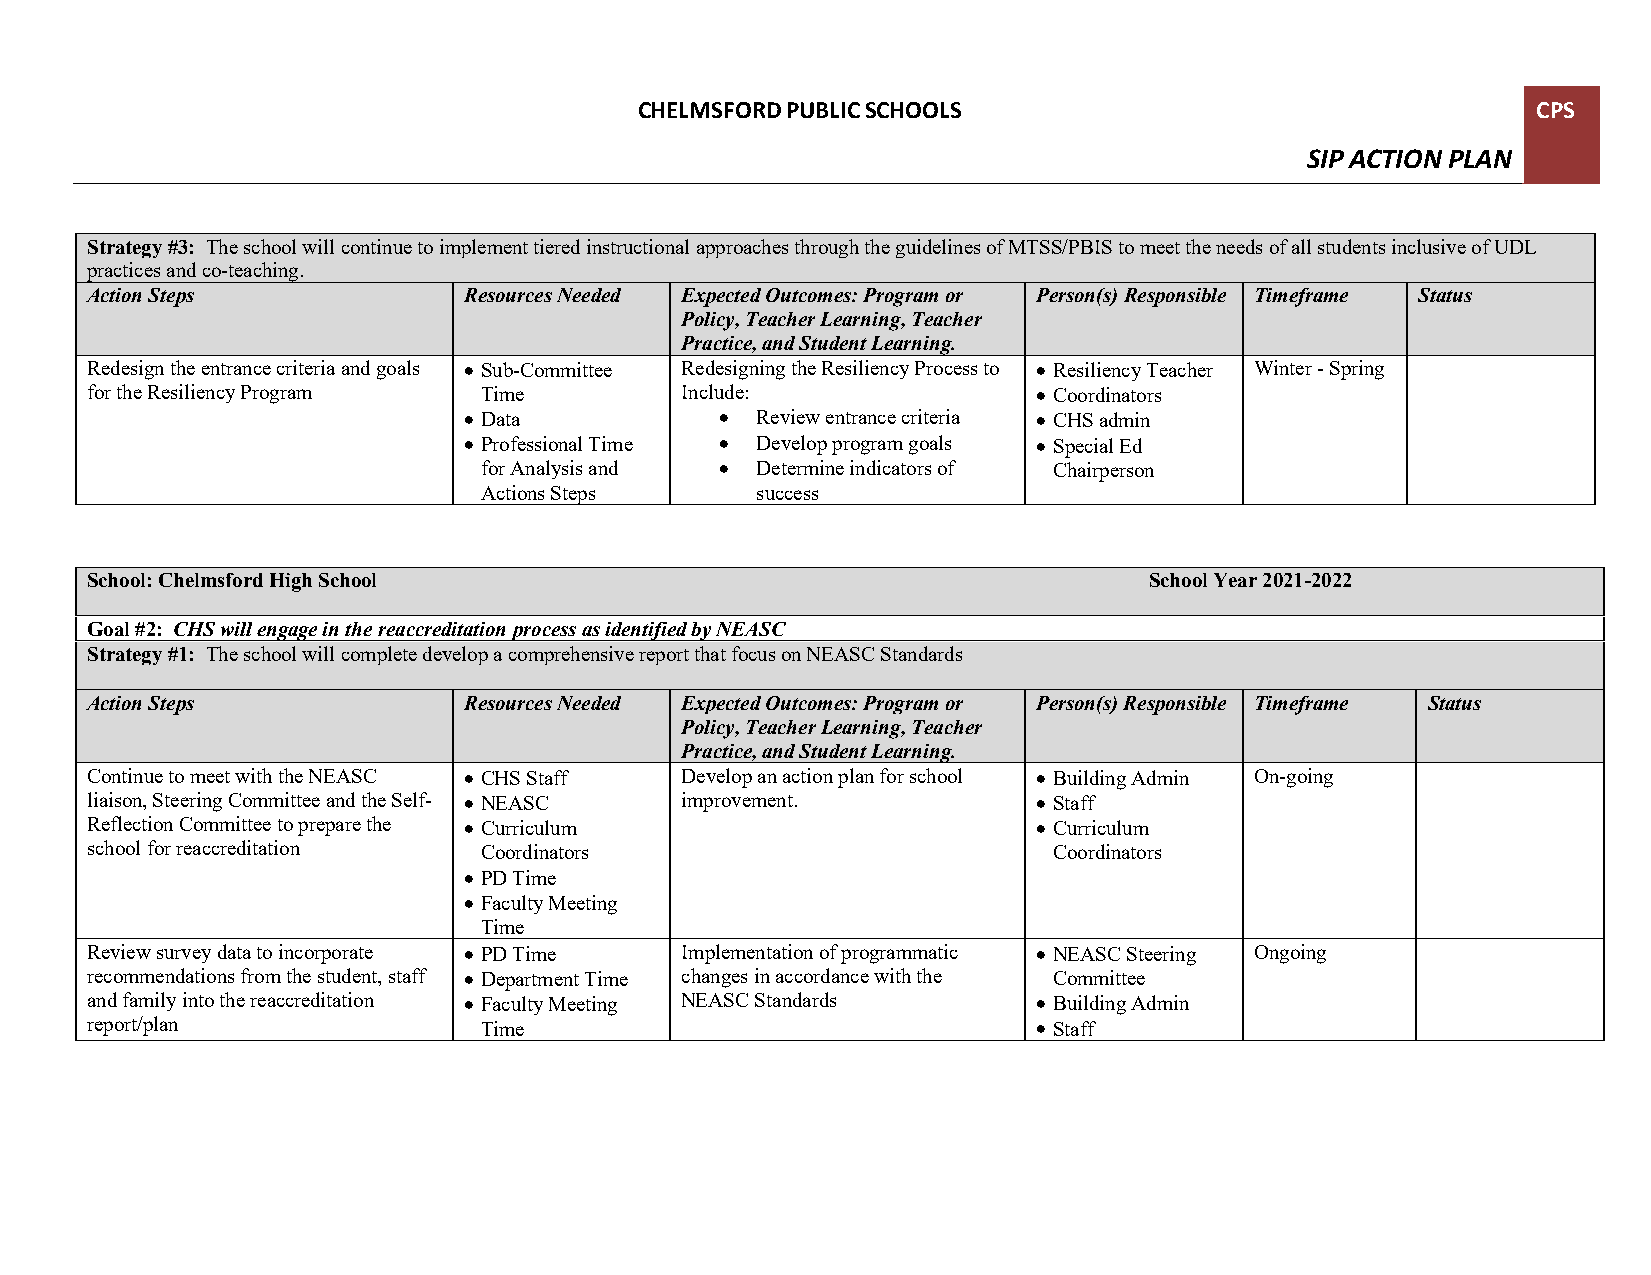
CHELMSFORD PUBLIC SCHOOLS                                   CPS
 SIP ACTION PLAN
 Strategy #3: The school will continue to implement tiered instructional approaches through the guidelines of MTSS/PBIS to meet the needs of all students inclusive of UDL
 practices and co-teaching.
 Action Steps             Resources Needed Expected Outcomes: Program or Person(s) Responsible Timeframe Status
 Policy, Teacher Learning, Teacher
 Practice, and Student Learning.
 Redesign the entrance criteria and goals • Sub-Committee Redesigning the Resiliency Process to • Resiliency Teacher Winter - Spring
 for the Resiliency Program Time        Include:                • Coordinators
 • Data           • Review entrance criteria • CHS admin
 • Professional Time • Develop program goals • Special Ed
 for Analysis and • Determine indicators of Chairperson
 Actions Steps     success
 School: Chelmsford High School                                        School Year 2021-2022
 Goal #2: CHS will engage in the reaccreditation process as identified by NEASC
 Strategy #1: The school will complete develop a comprehensive report that focus on NEASC Standards
 Action Steps             Resources Needed Expected Outcomes: Program or Person(s) Responsible Timeframe Status
 Policy, Teacher Learning, Teacher
 Practice, and Student Learning.
 Continue to meet with the NEASC • CHS Staff Develop an action plan for school • Building Admin On-going
 liaison, Steering Committee and the Self- • NEASC improvement. • Staff
 Reflection Committee to prepare the • Curriculum               • Curriculum
 school for reaccreditation Coordinators                         Coordinators
 • PD Time
 • Faculty Meeting
 Time
 Review survey data to incorporate • PD Time Implementation of programmatic • NEASC Steering Ongoing
 recommendations from the student, staff • Department Time changes in accordance with the Committee
 and family into the reaccreditation • Faculty Meeting NEASC Standards • Building Admin
 report/plan               Time                                 • Staff